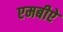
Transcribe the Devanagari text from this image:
एमबीऐ